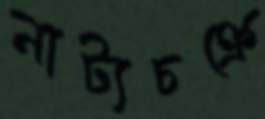
নাট্যচক্রে